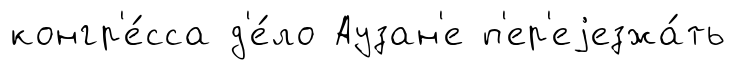
конгр'е́сса д'е́ло Аузан'е п'ер'еjезжа́ть